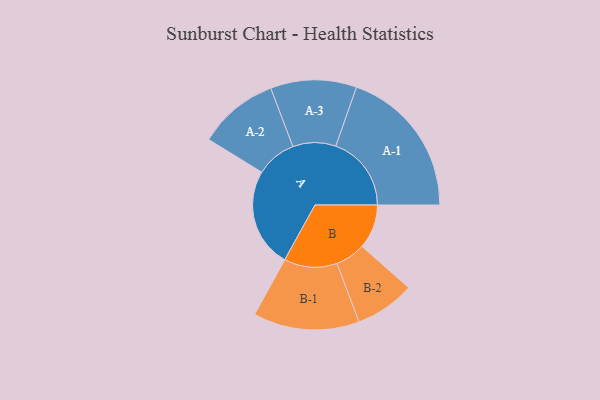
{"axis": {"x": "Segment", "y": "Value"}, "legend": ["", "A", "B"], "data": [{"x": "A", "y": 365, "type": ""}, {"x": "B", "y": 163, "type": ""}, {"x": "A-1", "y": 278, "type": "A"}, {"x": "A-2", "y": 148, "type": "A"}, {"x": "A-3", "y": 158, "type": "A"}, {"x": "B-1", "y": 195, "type": "B"}, {"x": "B-2", "y": 110, "type": "B"}]}